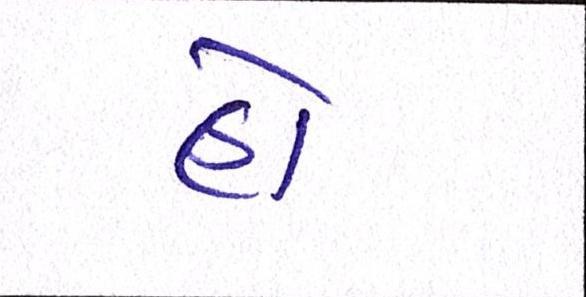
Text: હોં